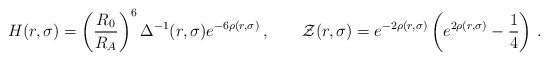
\begin{align*}H(r,\sigma)=\left(\frac{R_0}{R_A}\right)^6\Delta^{-1}(r,\sigma)e^{-6\rho(r,\sigma)}\,,\qquad \mathcal{Z}(r,\sigma)=e^{-2\rho(r,\sigma)}\left(e^{2\rho(r,\sigma)}-\frac{1}{4}\right)\,.\end{align*}